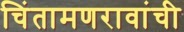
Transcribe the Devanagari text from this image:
चिंतामणरावांची